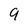
Character: 9